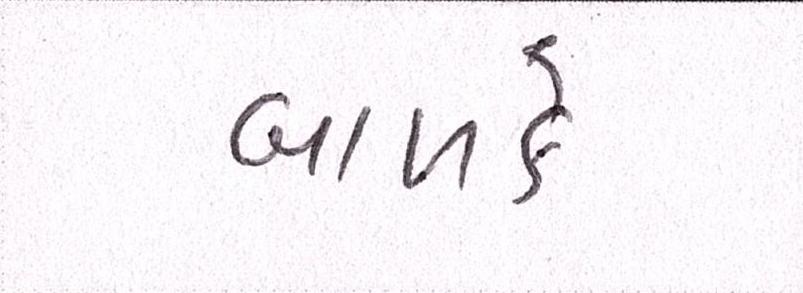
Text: બાળકે